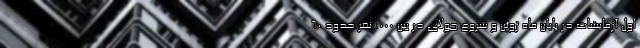
اول آزمایشات در پایان ماه ژوئن و شروع جولای در بین ۱۰۰۰ نفر حدود ۶۰